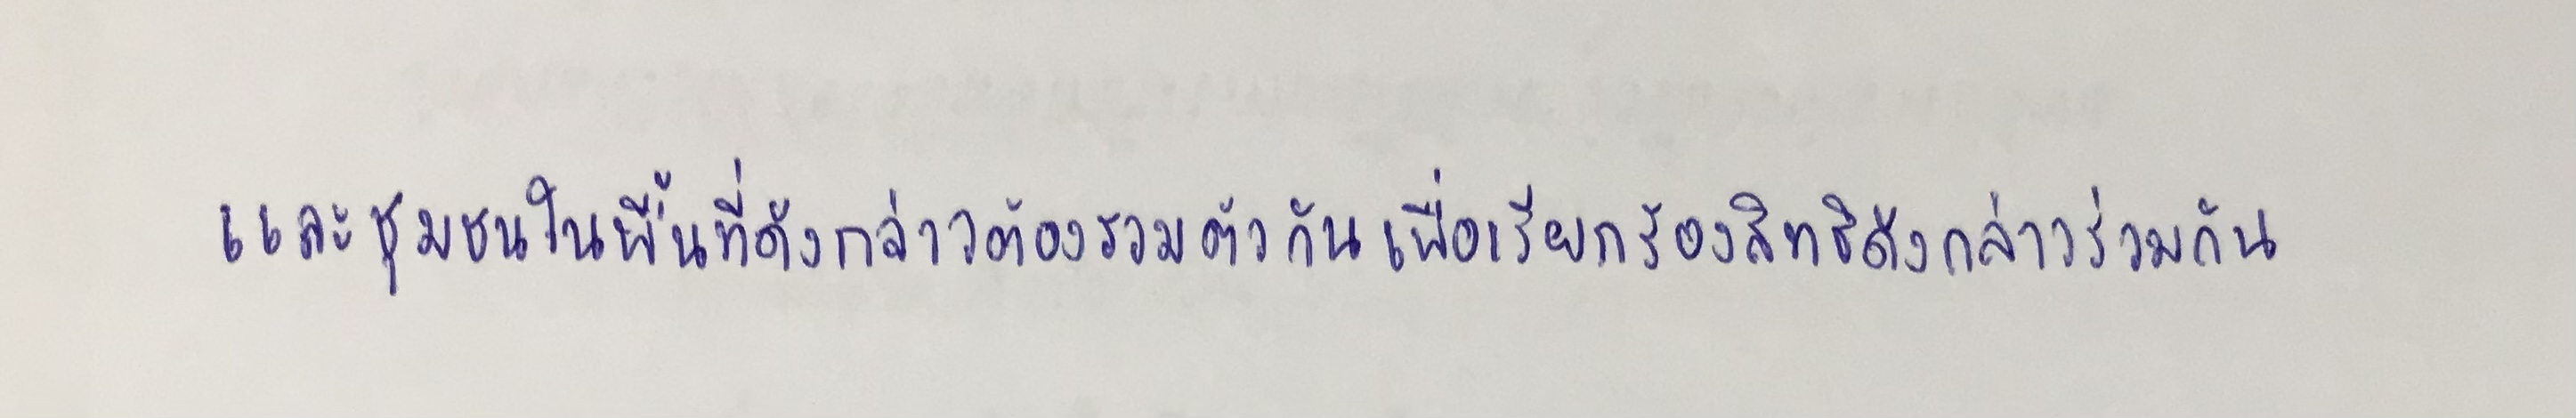
และชุมชนในพื้นที่ดังกล่าวต้องรวมตัวกันเพื่อเรียกร้องสิทธิดังกล่าวร่วมกัน